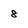
Character: 8